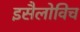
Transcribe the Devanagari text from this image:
इसैलोविच